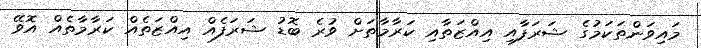
މައިވަންތަކަމުގެ ޝަރަފާއި އިއްޒަތާއި ކަރާމާތަށް ވުރެ ބޮޑު ޝަރަފެއް އިއްޒަތެއް ކަރާމާތެއް އޮވޭ